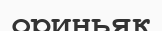
ориньяк